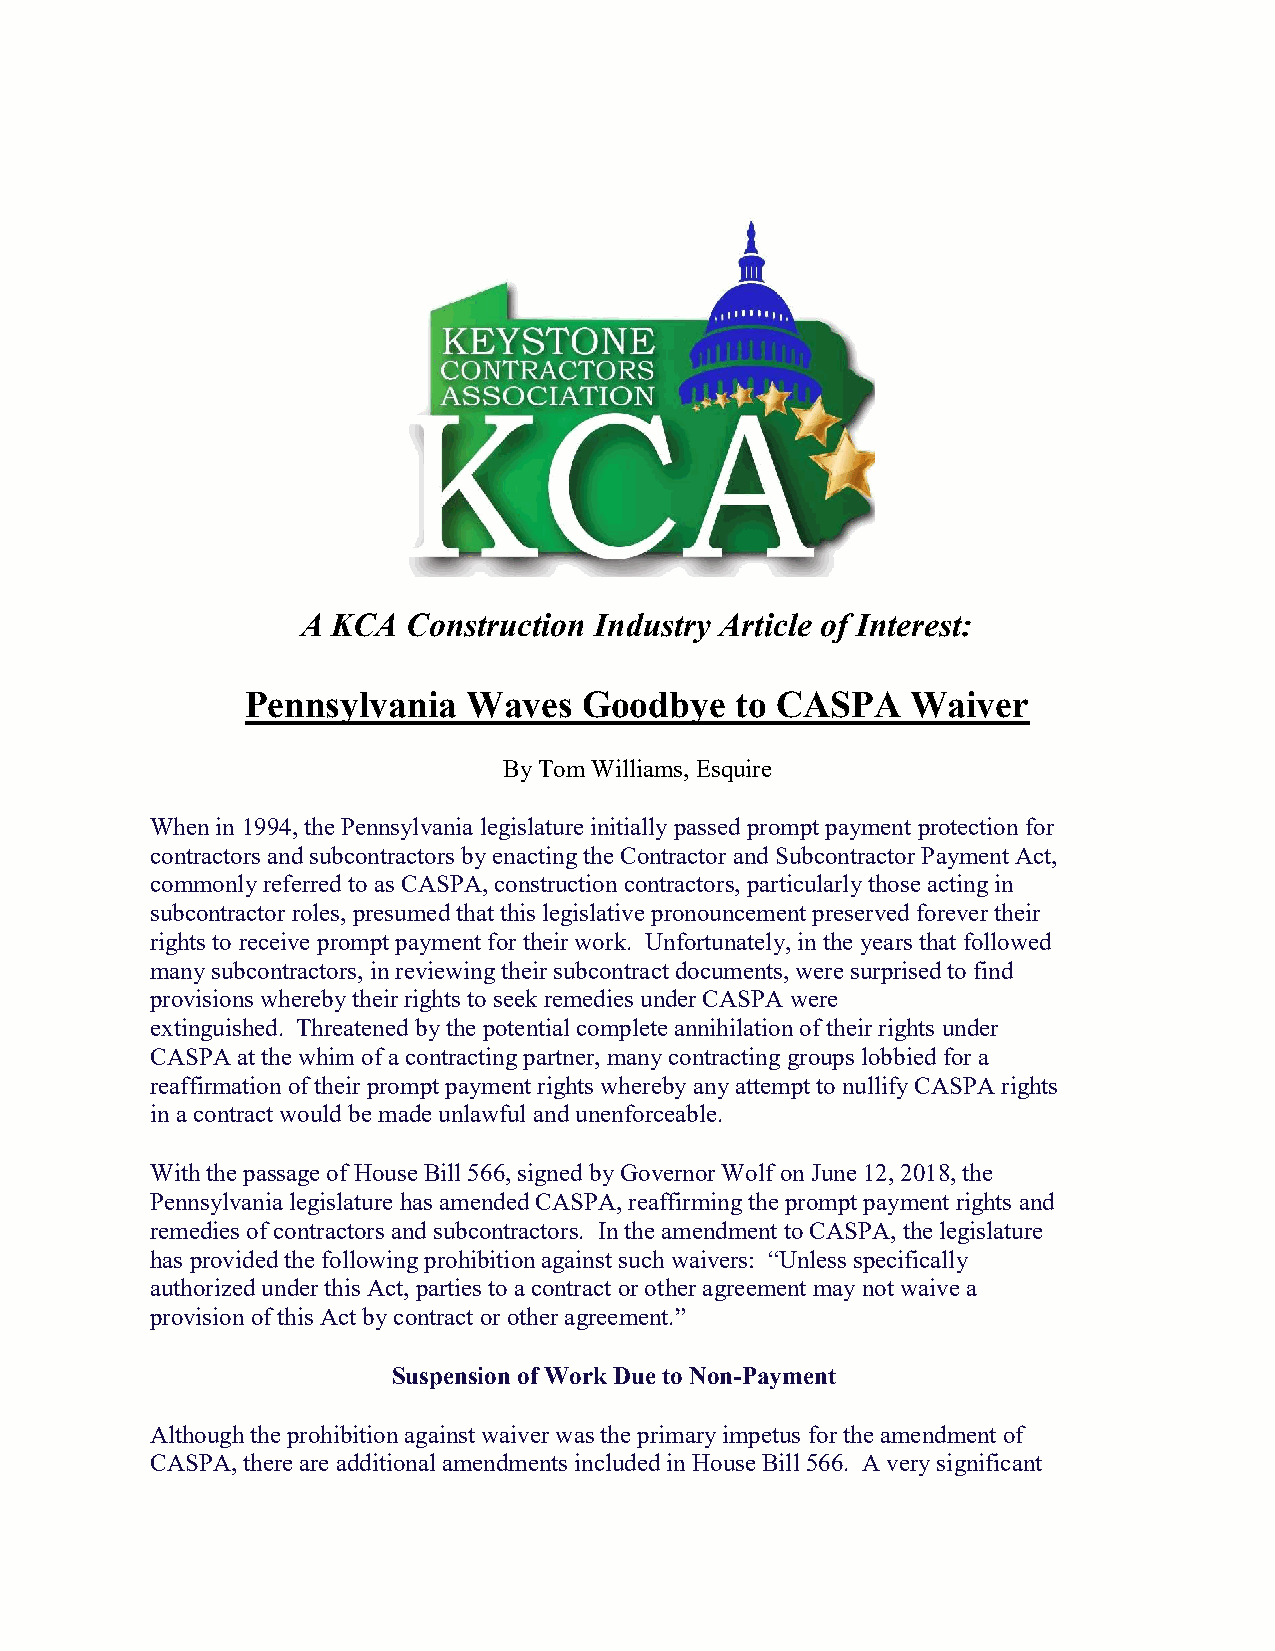
A KCA  Construction Industry Article of Interest:
 Pennsylvania   Waves   Goodbye   to CASPA   Waiver
 By Tom Williams, Esquire
 When in 1994, the Pennsylvania legislature initially passed prompt payment protection for
 contractors and subcontractors by enacting the Contractor and Subcontractor Payment Act,
 commonly referred to as CASPA, construction contractors, particularly those acting in
 subcontractor roles, presumed that this legislative pronouncement preserved forever their
 rights to receive prompt payment for their work. Unfortunately, in the years that followed
 many subcontractors, in reviewing their subcontract documents, were surprised to find
 provisions whereby their rights to seek remedies under CASPA were
 extinguished. Threatened by the potential complete annihilation of their rights under
 CASPA at the whim of a contracting partner, many contracting groups lobbied for a
 reaffirmation of their prompt payment rights whereby any attempt to nullify CASPA rights
 in a contract would be made unlawful and unenforceable.
 With the passage of House Bill 566, signed by Governor Wolf on June 12, 2018, the
 Pennsylvania legislature has amended CASPA, reaffirming the prompt payment rights and
 remedies of contractors and subcontractors. In the amendment to CASPA, the legislature
 has provided the following prohibition against such waivers: “Unless specifically
 authorized under this Act, parties to a contract or other agreement may not waive a
 provision of this Act by contract or other agreement.”
 Suspension of Work Due to Non-Payment
 Although the prohibition against waiver was the primary impetus for the amendment of
 CASPA, there are additional amendments included in House Bill 566. A very significant